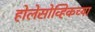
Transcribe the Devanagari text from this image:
होलेसोव्हिकच्या